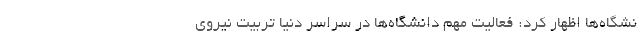
نشگاه‌ها اظهار کرد: فعالیت مهم دانشگاه‌ها در سراسر دنیا تربیت نیروی